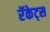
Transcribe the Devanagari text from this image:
रॅकेट्स